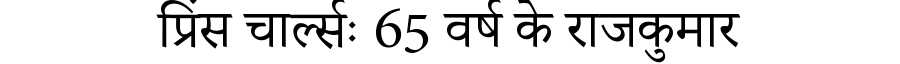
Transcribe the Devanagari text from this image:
प्रिंस चार्ल्सः 65 वर्ष के राजकुमार